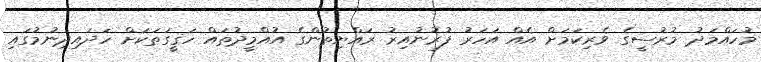
މުހައްމަދު މުރުސީގެ ވެރިކަމަށް އެއް އަހަރު ފުރުނުއިރު ރައްޔިތުންގެ އުއްމީދުތައް ހަޤީގަތަކަށް ހަދައިދިނުމުގައި